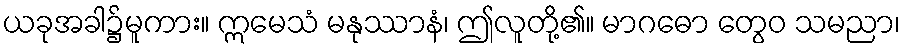
ယခုအခါ၌မူကား။ ဣမေသံ မနုဿာနံ၊ ဤလူတို့၏။ မာဂဓော တွေဝ သမညာ၊